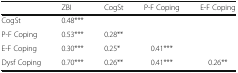
|  | ZBI | CogSt | P-F Coping | E-F Coping |
 | --- | --- | --- | --- | --- |
 | CogSt | 0.48*** |  |  |  |
 | P-F Coping | 0.53*** | 0.28** |  |  |
 | E-F Coping | 0.30*** | 0.25* | 0.41*** |  |
 | Dysf Coping | 0.70*** | 0.26** | 0.41*** | 0.26** |